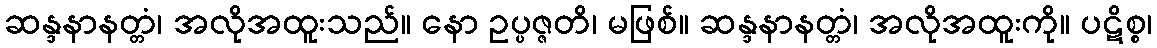
ဆန္ဒနာနတ္တံ၊ အလိုအထူးသည်။ နော ဥပ္ပဇ္ဇတိ၊ မဖြစ်။ ဆန္ဒနာနတ္တံ၊ အလိုအထူးကို။ ပဋိစ္စ၊